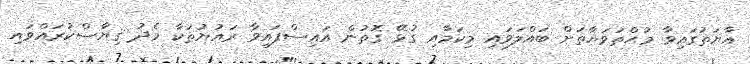
އާޔަތުގައިވާ މުޙްތަވަޔާތަށް ބައްލަވައި މިކަމާއި ގުޅޭ ގޮތުން އައިސްފައިވާ ރައުޔުތަކާ މެދު ޤިޔާސްކުރައްވައި